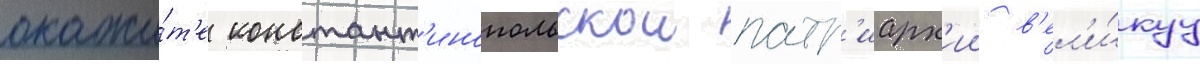
окажи́т'е констант'инопольскои патр'иарх'ии в'ел'и́куу